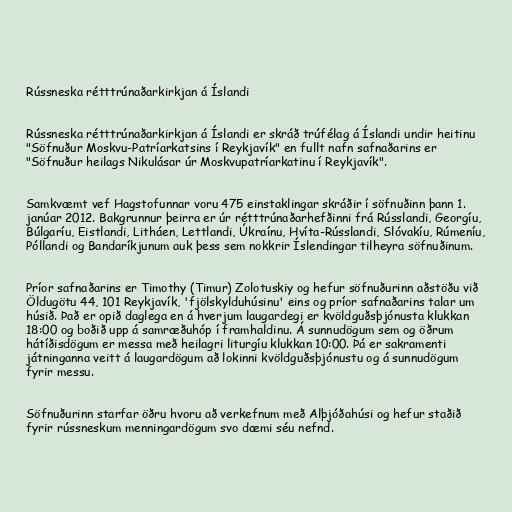
Rússneska rétttrúnaðarkirkjan á Íslandi

Rússneska rétttrúnaðarkirkjan á Íslandi er skráð trúfélag á Íslandi undir heitinu
"Söfnuður Moskvu-Patríarkatsins í Reykjavík" en fullt nafn safnaðarins er
"Söfnuður heilags Nikulásar úr Moskvupatríarkatinu í Reykjavík".

Samkvæmt vef Hagstofunnar voru 475 einstaklingar skráðir í söfnuðinn þann 1.
janúar 2012. Bakgrunnur þeirra er úr rétttrúnaðarhefðinni frá Rússlandi, Georgíu,
Búlgaríu, Eistlandi, Litháen, Lettlandi, Úkraínu, Hvíta-Rússlandi, Slóvakíu, Rúmeníu,
Póllandi og Bandaríkjunum auk þess sem nokkrir Íslendingar tilheyra söfnuðinum.

Príor safnaðarins er Timothy (Timur) Zolotuskiy og hefur söfnuðurinn aðstöðu við
Öldugötu 44, 101 Reykjavík, 'fjölskylduhúsinu' eins og príor safnaðarins talar um
húsið. Það er opið daglega en á hverjum laugardegi er kvöldguðsþjónusta klukkan
18:00 og boðið upp á samræðuhóp í framhaldinu. Á sunnudögum sem og öðrum
hátíðisdögum er messa með heilagri liturgíu klukkan 10:00. Þá er sakramenti
játninganna veitt á laugardögum að lokinni kvöldguðsþjónustu og á sunnudögum
fyrir messu.

Söfnuðurinn starfar öðru hvoru að verkefnum með Alþjóðahúsi og hefur staðið
fyrir rússneskum menningardögum svo dæmi séu nefnd.